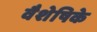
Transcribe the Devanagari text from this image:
वैशेषिके